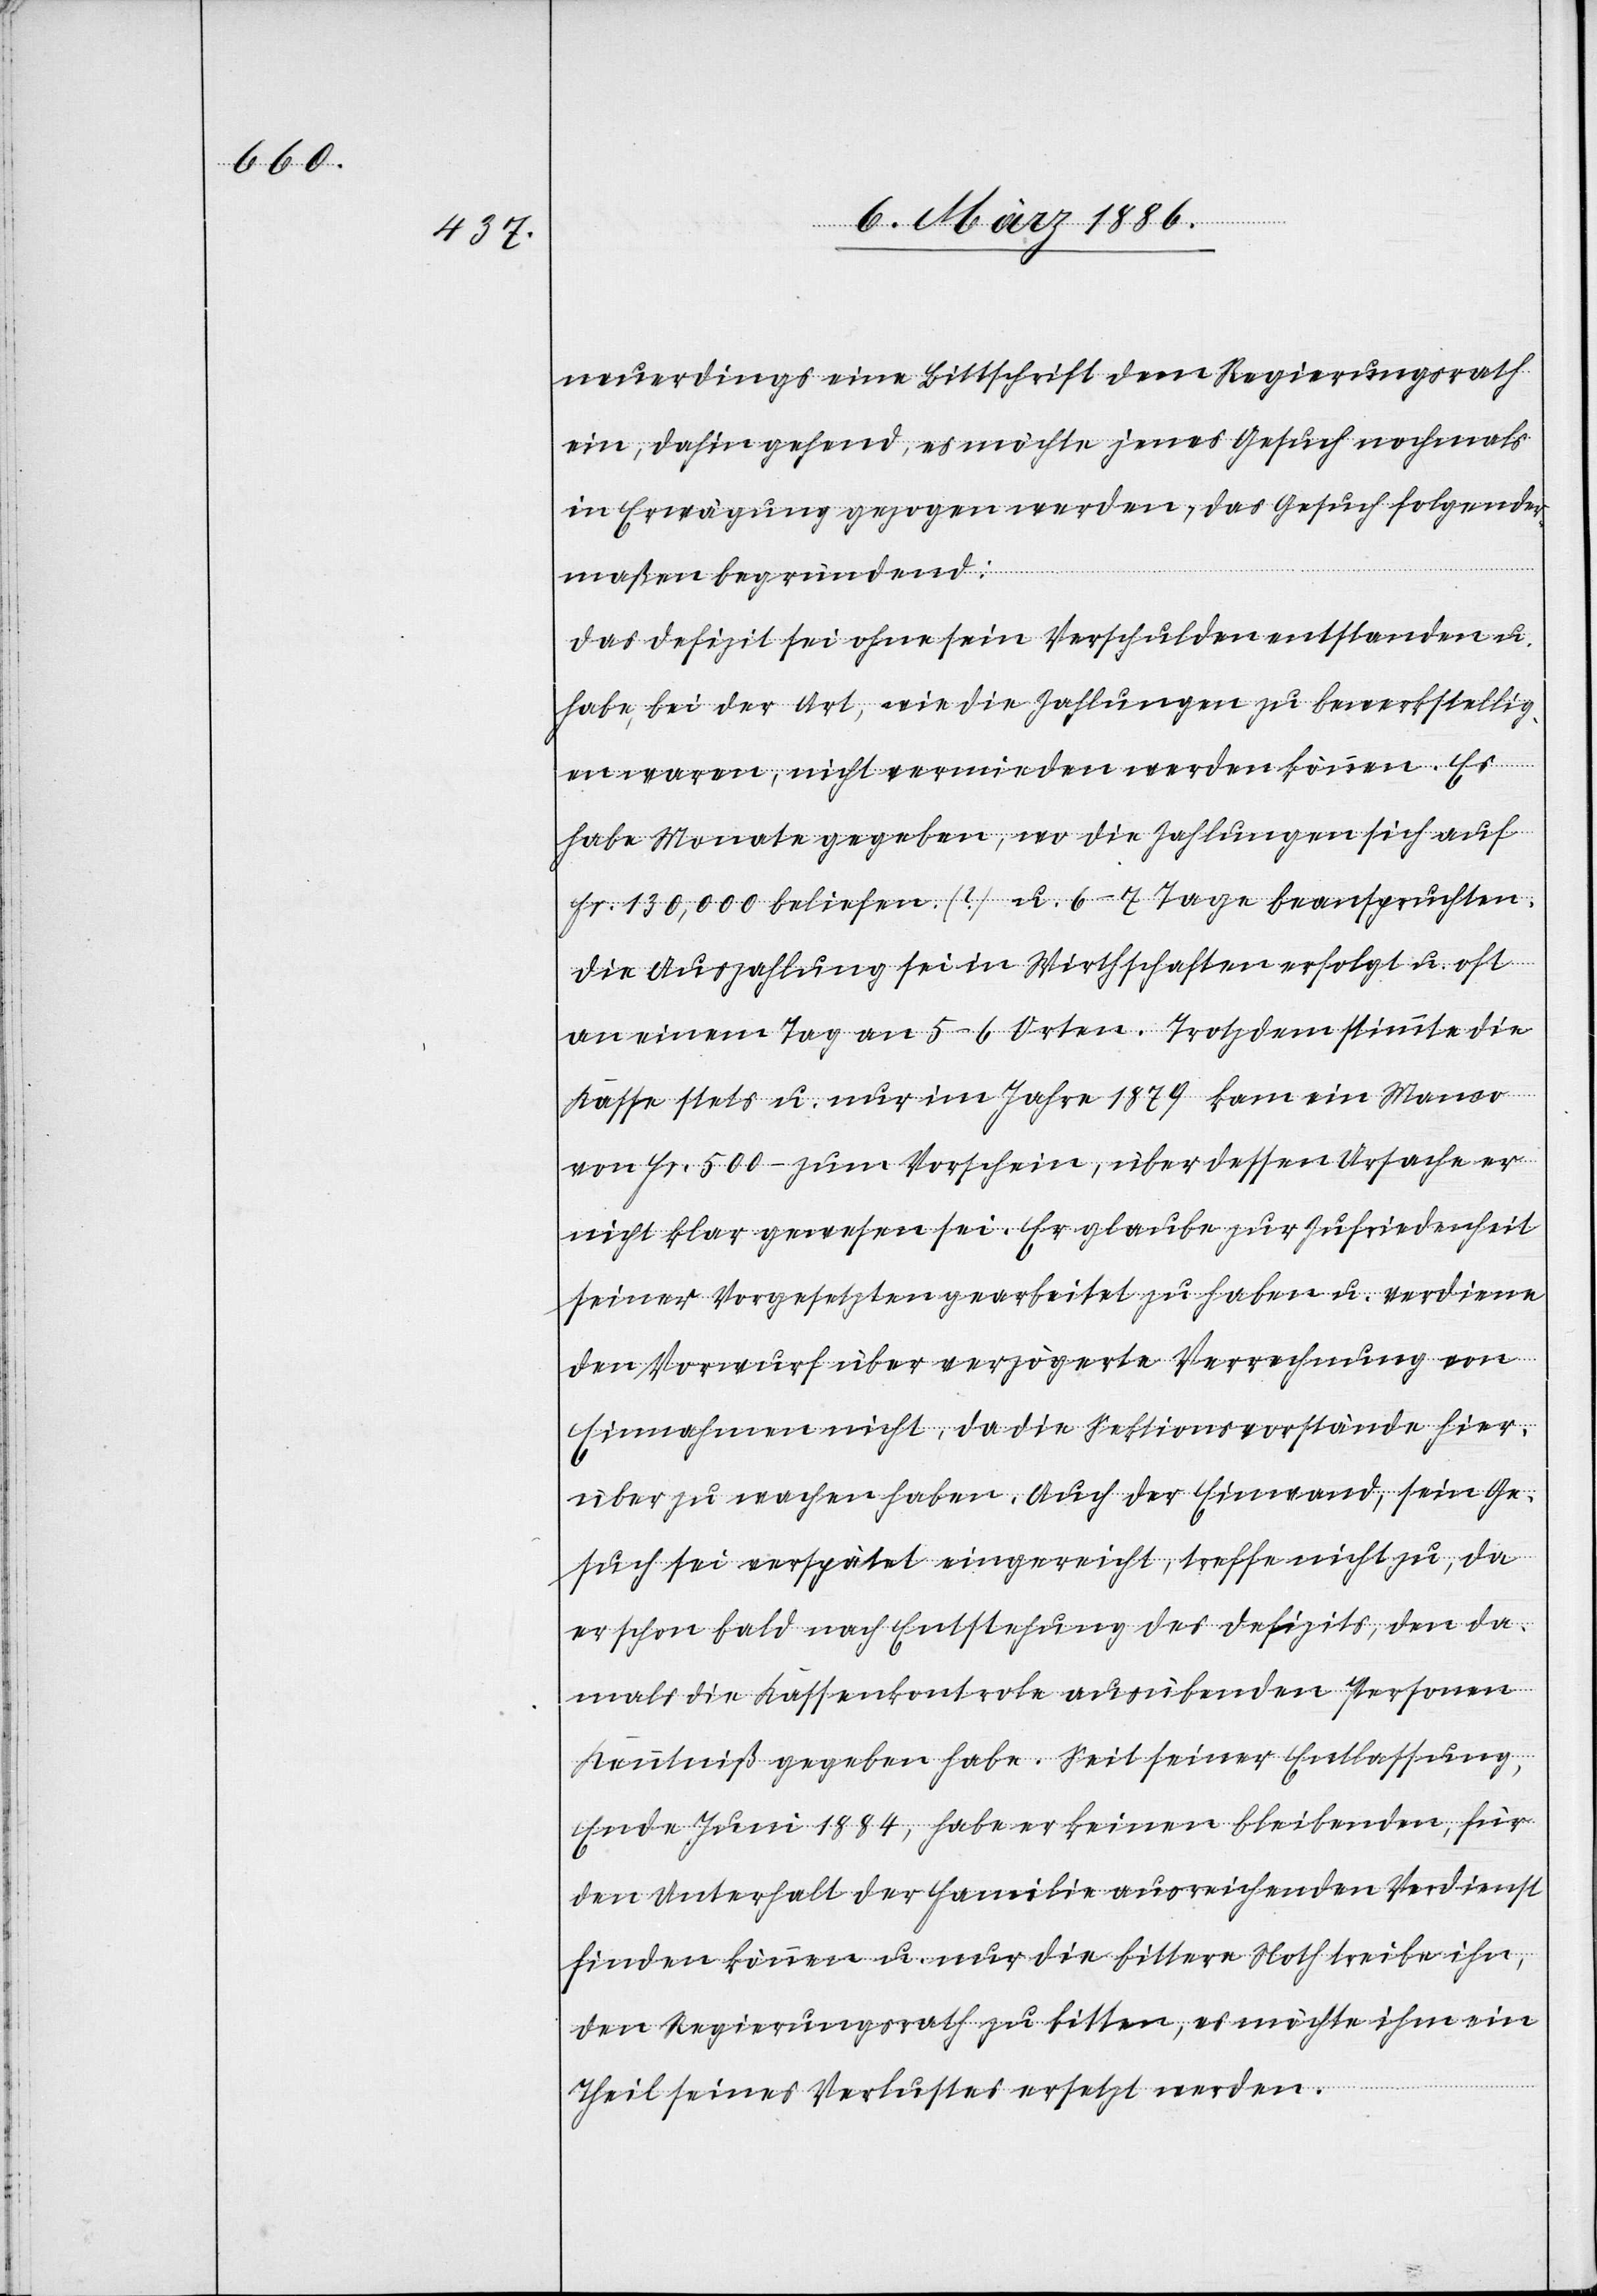
neuerdings eine Bittschrift dem Regierungsrath
ein, dahin gehend, es möchte jenes Gesuch nochmals
in Erwägung gezogen werden, das Gesuch folgender¬
maßen begründet:
Das Defizit sei ohne sein Verschulden entstanden u.
habe, bei der Art, wie die Zahlungen zu bewerkstellig¬
en waren, nicht vermieden werden können. Es
habe Monate gegeben, wo die Zahlungen sich auf
Fr. 130,000 beliefen (?) u. 6–7 Tage beanspruchten.
Die Auszahlung sei in Wirthschaften erfolgt u. oft
an einem Tag an 5–6 Orten. Trotzdem stimmte die
Kasse stets u. nur im Jahre 1879 kam ein Manco
von Fr. 500.– zum Vorschein, über dessen Ursache er
nicht klar gewesen sei. Er glaube zur Zufriedenheit
seiner Vorgesetzten gearbeitet zu haben u. verdiene
den Vorwurf über verzögerte Verrechnung von
Einnahmen nicht, da die Sektionsvorstände hier¬
über zu wachen haben. Auch der Einwand, sein Ge¬
such sei verspätet eingereicht, treffe nicht zu, da
er schon bald nach Entstehung des Defizits, den da¬
mals die Kassenkontrole ausübenden Personen
Kenntniß gegeben habe. Seit seiner Entlassung,
Ende Juni 1884, habe er keinen bleibenden, für
den Unterhalt der Familie ausreichenden Verdienst
finden können u. nur die bittere Noth treibe ihn,
den Regierungsrath zu bitten, es möchte ihm ein
Theil seines Verlustes ersetzt werden.